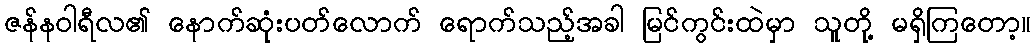
ဇန်နဝါရီလ၏ နောက်ဆုံးပတ်လောက် ရောက်သည့်အခါ မြင်ကွင်းထဲမှာ သူတို့ မရှိကြတော့။